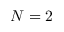
N = 2